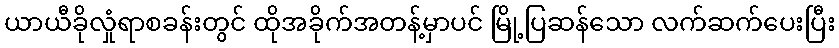
ယာယီခိုလှုံရာစခန်းတွင် ထိုအခိုက်အတန့်မှာပင် မြို့ပြဆန်သော လက်ဆက်ပေးပြီး